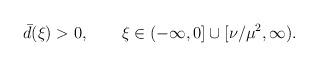
LaTeX: \begin{align*}\bar d(\xi) > 0,\qquad\xi\in(-\infty,0]\cup[\nu/\mu^2,\infty).\end{align*}